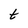
Character: t